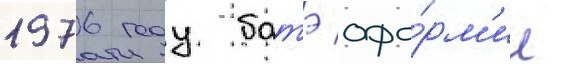
1976 году батэ офо́рм'ил